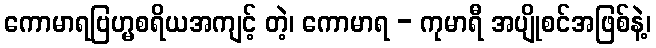
ကောမာရဗြဟ္မစရိယအကျင့် တဲ့၊ ကောမာရ - ကုမာရီ အပျိုစင်အဖြစ်နဲ့၊